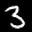
Label: 3